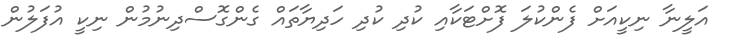
އަލީނާ ނިކީއަށް ފެންކުލަ ފޮށްޓަކާއި ކުދި ކުދި ހަދިޔާތައް ގެންގޮސްދިނުމުން ނިކީ އުފަލުން